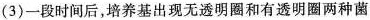
(3)一段时间后，培养基出现无透明圈和有透明圈两种菌